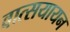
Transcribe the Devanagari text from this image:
वात्सयायन